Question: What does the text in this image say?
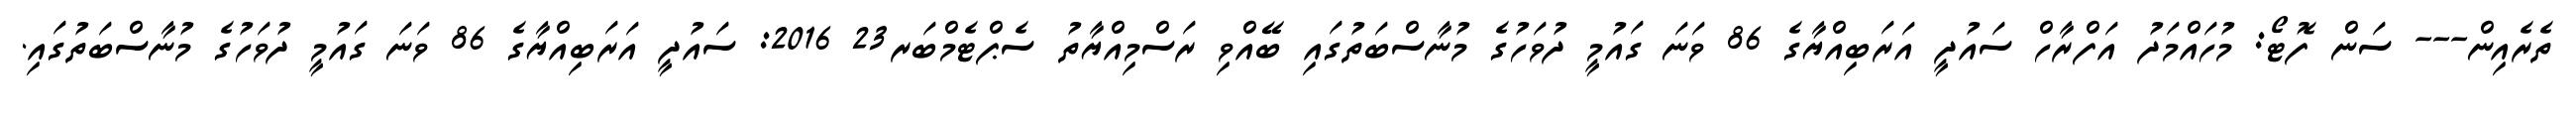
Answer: ތެރެއިން--- ސަން ފޮޓޯ: މުހައްމަދު އަފްރާހް ސައުދީ އަރަބިއްޔާގެ 86 ވަނަ ގައުމީ ދުވަހުގެ މުނާސްބަތުގައި ބޭއްވި ރަސްމިއްޔާތު ސެޕްޓެމްބަރ23 2016: ސައުދީ އަރަބިއްޔާގެ 86 ވަނަ ގައުމީ ދުވަހުގެ މުނާސްބަތުގައި.